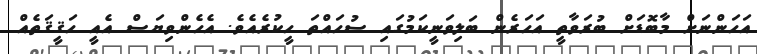
އަހަންނަށް މާބޮޑަށް ބުރަވާތީ އަހަރެން ބަލިވަނީކަމުގައި ސުހައްތަ ހީކުރެއެވެ. އެހެންވިޔަސް އެއީ ހަޤީޤަތެއް